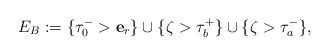
LaTeX: \begin{align*}E_B:=\{\tau_0^->\mathbf{e}_{r}\}\cup\{\zeta>\tau_b^+ \}\cup\{\zeta>\tau_a^{-}\}, \end{align*}